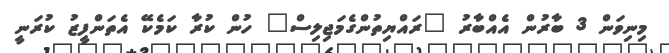
މިނިވަން 3 ބާރުން އެއްބާރު "ރައްޔިތުންގެމަޖިލިސް" ހުން ކުރާ ކަމެކޭ އެތަންފީޒު ކުރަނީ